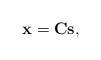
LaTeX: \begin{align*}\mathbf{x} = \mathbf{C}\mathbf{s},\end{align*}